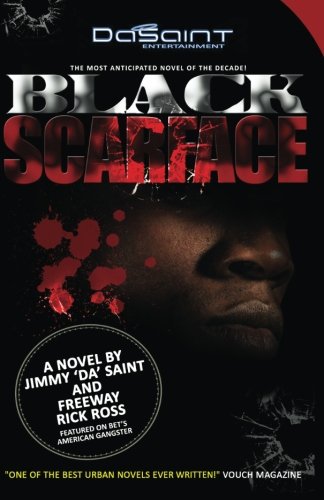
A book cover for Black Scarface (Volume 1); Jimmy DaSaint; Literature & Fiction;